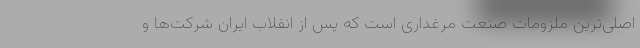
اصلی‌ترین ملزومات صنعت مرغداری است که پس از انقلاب ایران شرکت‌ها و